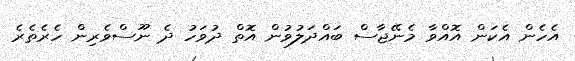
އެހެން އެކަން އޮއްވާ މެނޭޖާސް ބައްދަލުވުން އޮތް ދުވަހު ދެ ނޫސްވެރިން ހެރެތެރެ